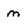
Character: m